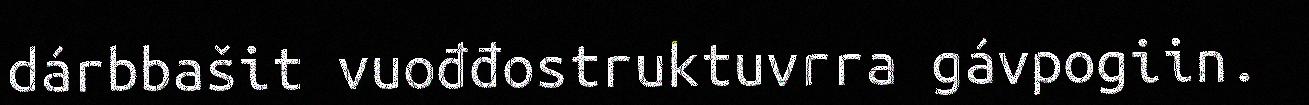
dárbbašit vuođđostruktuvrra gávpogiin.